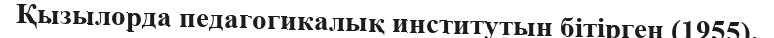
Қызылорда педaгогикалық институтын бітірген (1955).